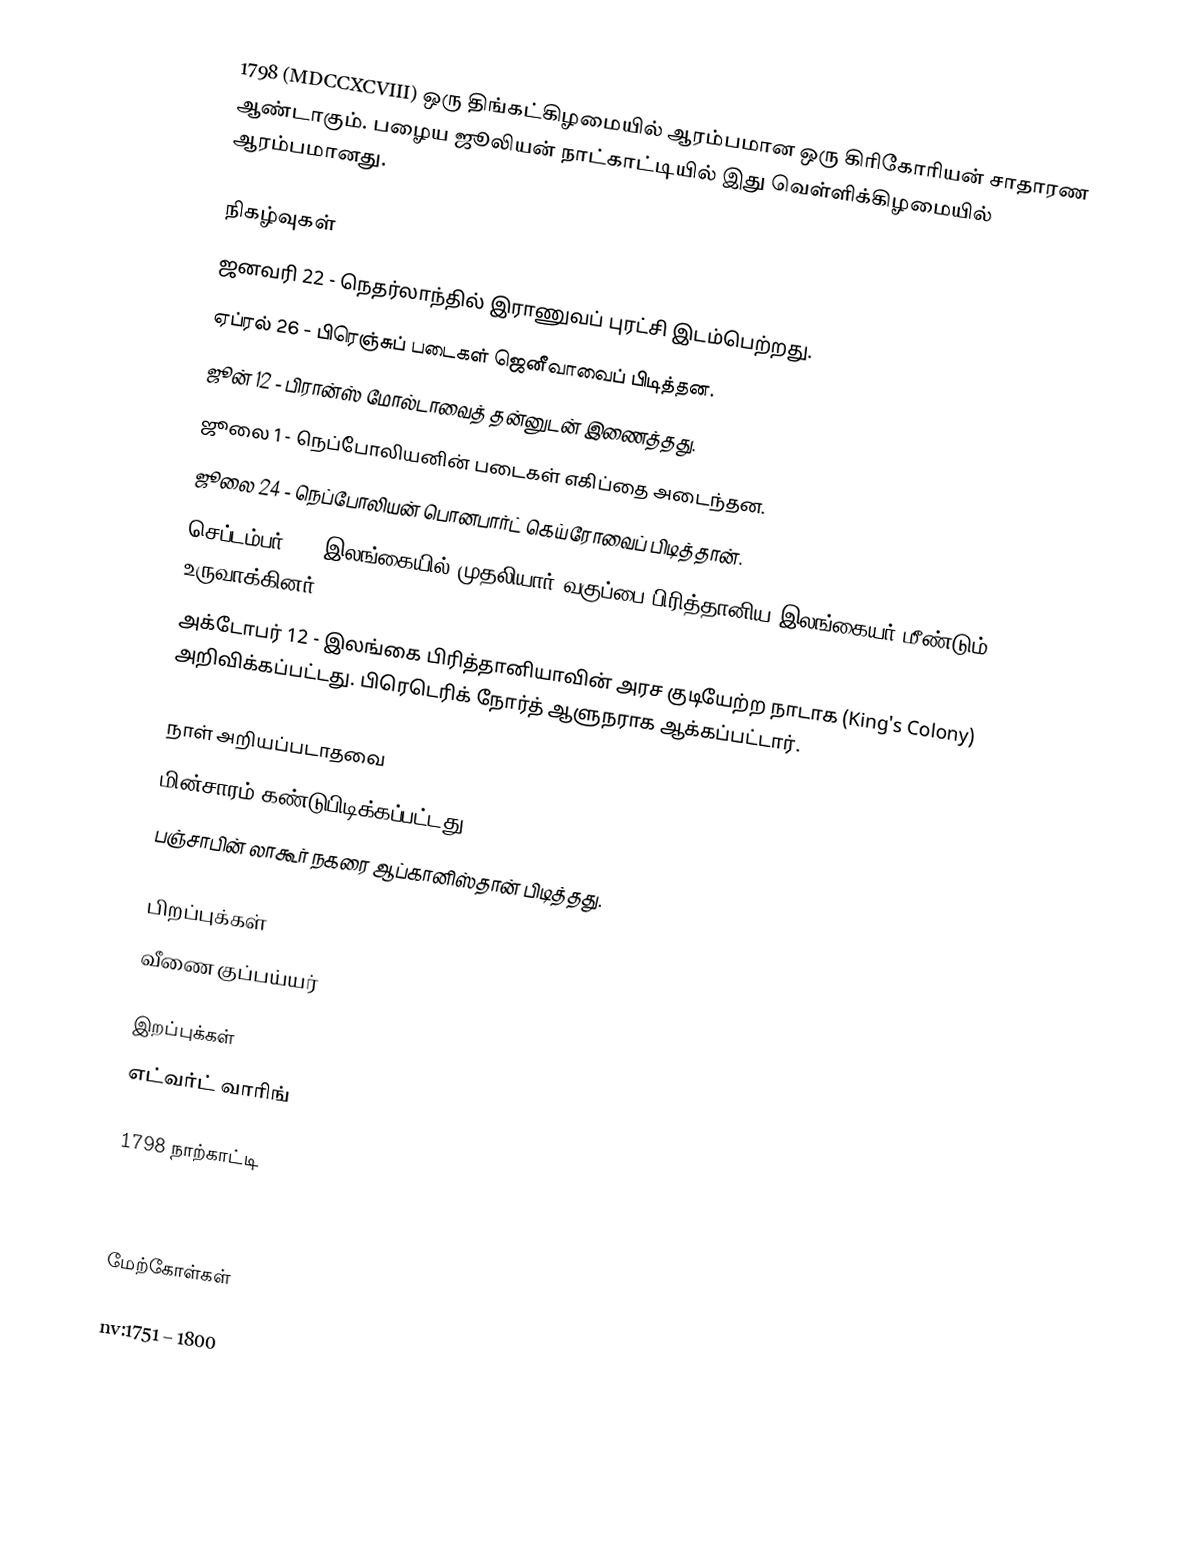
1798  (MDCCXCVIII) ஒரு திங்கட்கிழமையில் ஆரம்பமான ஒரு கிரிகோரியன் சாதாரண ஆண்டாகும். பழைய ஜூலியன் நாட்காட்டியில் இது வெள்ளிக்கிழமையில் ஆரம்பமானது.

நிகழ்வுகள்
 ஜனவரி 22 - நெதர்லாந்தில் இராணுவப் புரட்சி இடம்பெற்றது.
 ஏப்ரல் 26 - பிரெஞ்சுப் படைகள் ஜெனீவாவைப் பிடித்தன.
 ஜூன் 12 - பிரான்ஸ் மோல்டாவைத் தன்னுடன் இணைத்தது.
 ஜூலை 1 - நெப்போலியனின் படைகள் எகிப்தை அடைந்தன.
 ஜூலை 24 - நெப்போலியன் பொனபார்ட் கெய்ரோவைப் பிடித்தான்.
 செப்டம்பர் 1 - இலங்கையில் முதலியார் வகுப்பை பிரித்தானிய இலங்கையர் மீண்டும் உருவாக்கினர்.
 அக்டோபர் 12 - இலங்கை பிரித்தானியாவின் அரச குடியேற்ற நாடாக (King's Colony) அறிவிக்கப்பட்டது. பிரெடெரிக் நோர்த் ஆளுநராக ஆக்கப்பட்டார்.

நாள் அறியப்படாதவை
 மின்சாரம் கண்டுபிடிக்கப்பட்டது.
 பஞ்சாபின் லாகூர் நகரை ஆப்கானிஸ்தான் பிடித்தது.

பிறப்புக்கள்
 வீணை குப்பய்யர்

இறப்புக்கள்
 எட்வர்ட் வாரிங்

1798 நாற்காட்டி

1798

மேற்கோள்கள்

nv:1751 – 1800